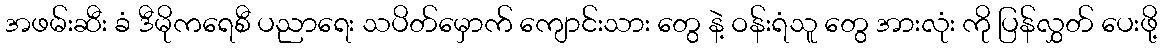
အဖမ်းဆီး ခံ ဒီမိုကရေစီ ပညာရေး သပိတ်မှောက် ကျောင်းသား တွေ နဲ့ ဝန်းရံသူ တွေ အားလုံး ကို ပြန်လွှတ် ပေးဖို့